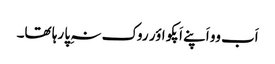
اَب وو اَپنے اَپکو اؤر روک نہِ پا رہا تھا۔